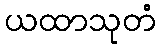
ယထာသုတံ